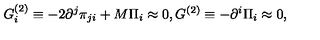
G _ { i } ^ { ( 2 ) } \equiv - 2 \partial ^ { j } \pi _ { j i } + M \Pi _ { i } \approx 0 , G ^ { ( 2 ) } \equiv - \partial ^ { i } \Pi _ { i } \approx 0 ,